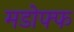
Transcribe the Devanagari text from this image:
मडोफ्फ